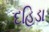
દહિડા